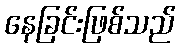
နေခြင်းဖြစ်သည်